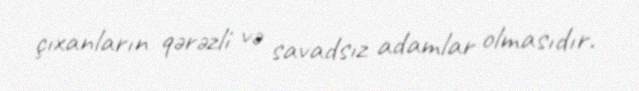
çıxanların qərəzli və savadsız adamlar olmasıdır.